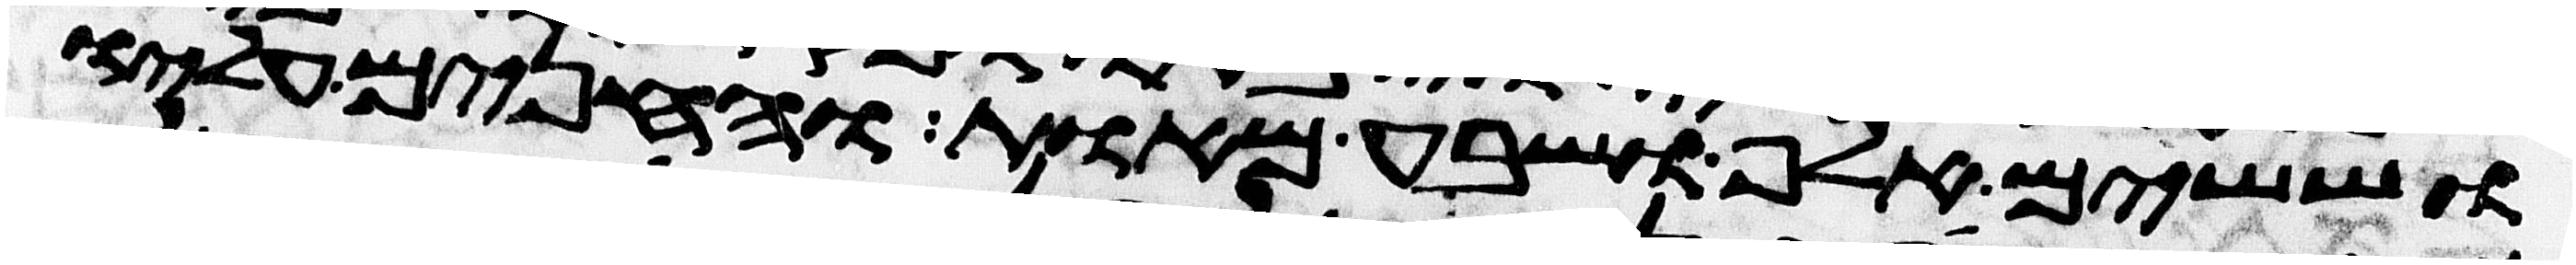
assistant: וששים אלף ושבע מאות והחנים עליו